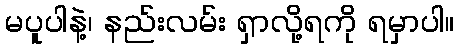
မပူပါနဲ့၊ နည်းလမ်း ရှာလို့ရကို ရမှာပါ။